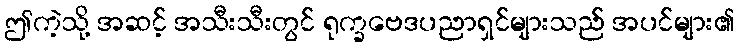
ဤကဲ့သို့ အဆင့် အသီးသီးတွင် ရုက္ခဗေဒပညာရှင်များသည် အပင်များ၏